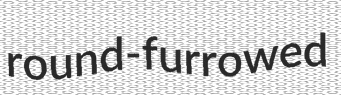
round-furrowed